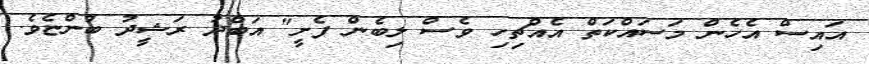
އައިސް އެހެން މަސައްކަތް އެއްޗިހި ވެސް ލިބެން ފެށީ" އަބްދު ރަޝީދު ބުންޏެވެ.